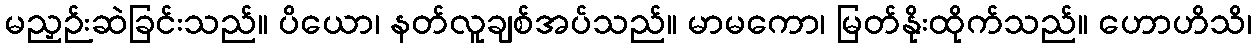
မညှဉ်းဆဲခြင်းသည်။ ပိယော၊ နတ်လူချစ်အပ်သည်။ မာမကော၊ မြတ်နိုးထိုက်သည်။ ဟောဟိသိ၊